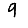
Digit: 9